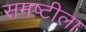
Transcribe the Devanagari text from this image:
समष्टीला